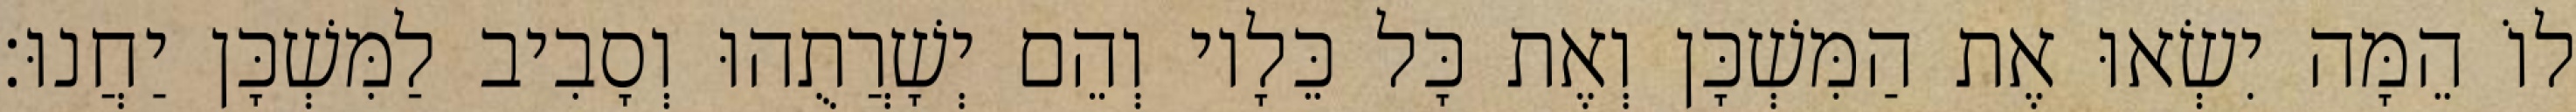
לוֹ הֵמָּה יִשְׂאוּ אֶת הַמִּשְׁכָּן וְאֶת כָּל כֵּלָיו וְהֵם יְשָׁרֲתֻהוּ וְסָבִיב לַמִּשְׁכָּן יַחֲנוּ׃